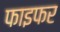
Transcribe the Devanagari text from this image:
फाइफर